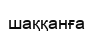
шаққанға